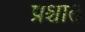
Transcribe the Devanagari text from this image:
प्रश्चात